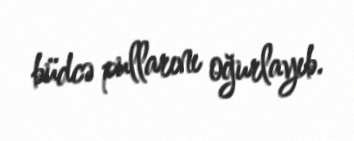
büdcə pullarını oğurlayıb.